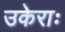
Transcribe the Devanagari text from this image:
उकेराः